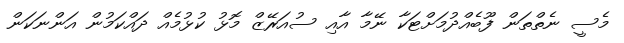
މެސީ ނެތްތަން ފޫބެއްދުމަށްޓަކާ ނޭމާ އާއި ސުއަރޭޒް މޮޅު ކުޅުމެއް ދައްކަމުން އަންނަކަން